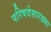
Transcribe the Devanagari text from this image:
परिषदेसारख्या